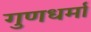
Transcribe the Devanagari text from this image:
गुणधर्मा